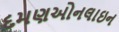
દમણઓનલાઇન